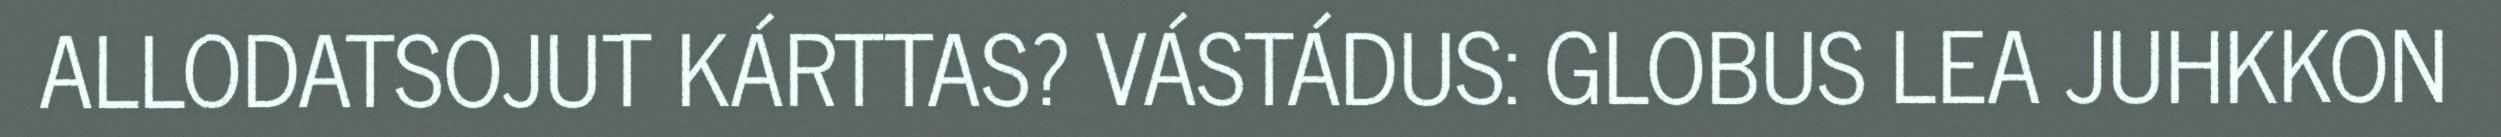
ALLODATSOJUT KÁRTTAS? VÁSTÁDUS: GLOBUS LEA JUHKKON